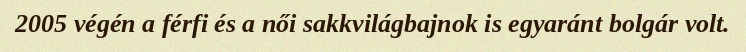
2005 végén a férfi és a női sakkvilágbajnok is egyaránt bolgár volt.